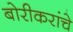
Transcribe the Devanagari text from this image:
बोरीकरांचे